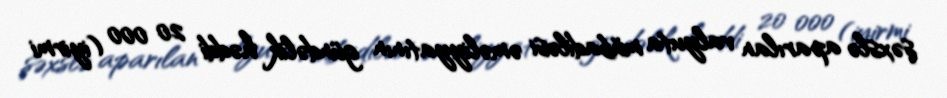
şəxslə aparılan valyuta mübadiləsi əməliyyatının gündəlik həddi 20 000 (iyirmi